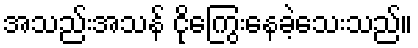
အသည်းအသန် ငိုကြွေးနေခဲ့သေးသည်။